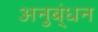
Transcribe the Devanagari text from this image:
अनुब्ंधन